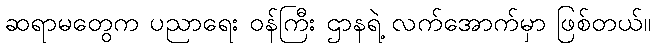
ဆရာမတွေက ပညာရေး ဝန်ကြီး ဌာနရဲ့ လက်အောက်မှာ ဖြစ်တယ်။